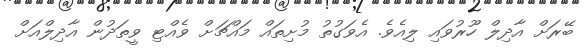
ބޭރަށް އާދިލް ހޫރުވައި ލިއެވެ. އެވަގުތު މުށިތައް މައްޗަށް ވެއްޓި ވީތަދުން އާދިލްއަށް